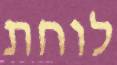
לוחת